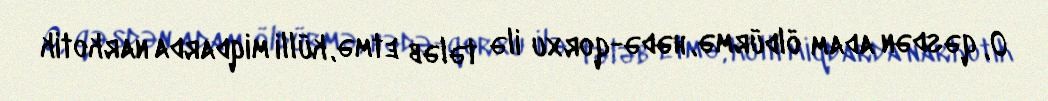
O, qəsdən adam öldürmə, hədə-qorxu ilə tələb etmə, külli miqdarda narkotik